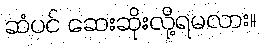
ဆံပင် ဆေးဆိုးလို့ရမလား။